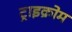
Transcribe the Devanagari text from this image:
ट्राइक्रोम